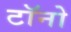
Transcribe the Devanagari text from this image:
टॉनो